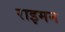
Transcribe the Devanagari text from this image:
राइमन